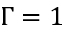
\Gamma = 1